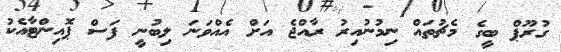
ގުރޫޕް ބީގެ މެޗުތައް ނިމުނުއިރު ރާއްޖެ އަށް އެއްވަނަ ލިބުނީ ފަސް ޕޮއިންޓާއެކު